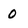
Character: 0